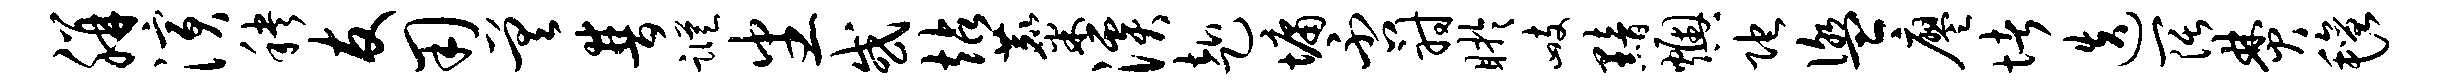
胼演秧友用差普踪番或站麋溪赴墉否射盱峙黯燠陀盥廖堵迭阔焚毡